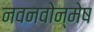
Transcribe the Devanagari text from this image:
नवनवोन्मेष